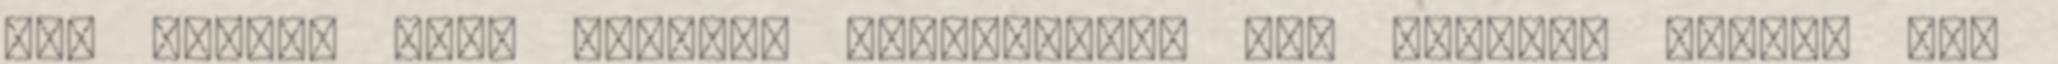
ami kicsit mást jelent. Hozzáteszem pl. Tolkien orkjai sem